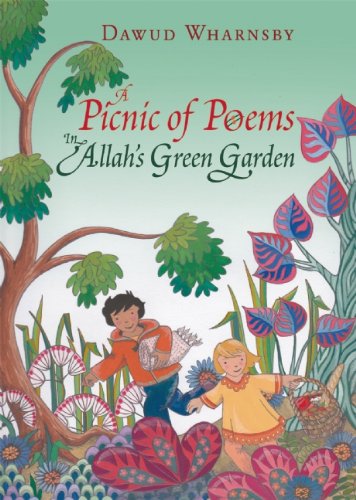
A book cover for A Picnic of Poems: In Allah's Green Garden (Book & CD); Dawud Wharnsby; Children's Books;